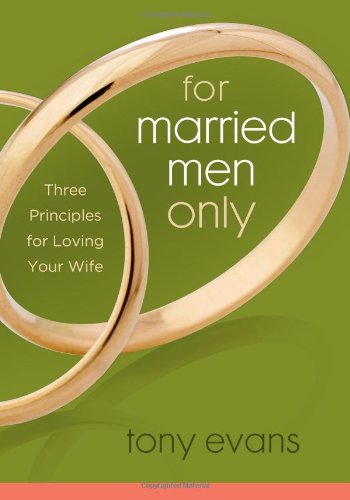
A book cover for For Married Men Only: Three Principles for Loving Your Wife; Tony Evans; Christian Books & Bibles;